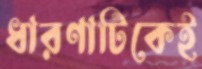
ধারণাটিকেই